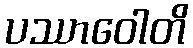
ပဿာဝေါတိ